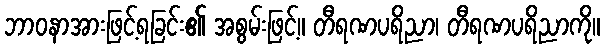
ဘာဝနာအားဖြင့်ရခြင်း၏ အစွမ်းဖြင့်။ တီရဏပရိညာ၊ တီရဏပရိညာကို။